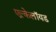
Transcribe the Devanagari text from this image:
एल्केलॉयड